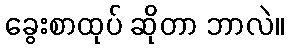
ခွေးစာထုပ် ဆိုတာ ဘာလဲ။